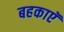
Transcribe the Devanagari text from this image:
बहकाएॅ